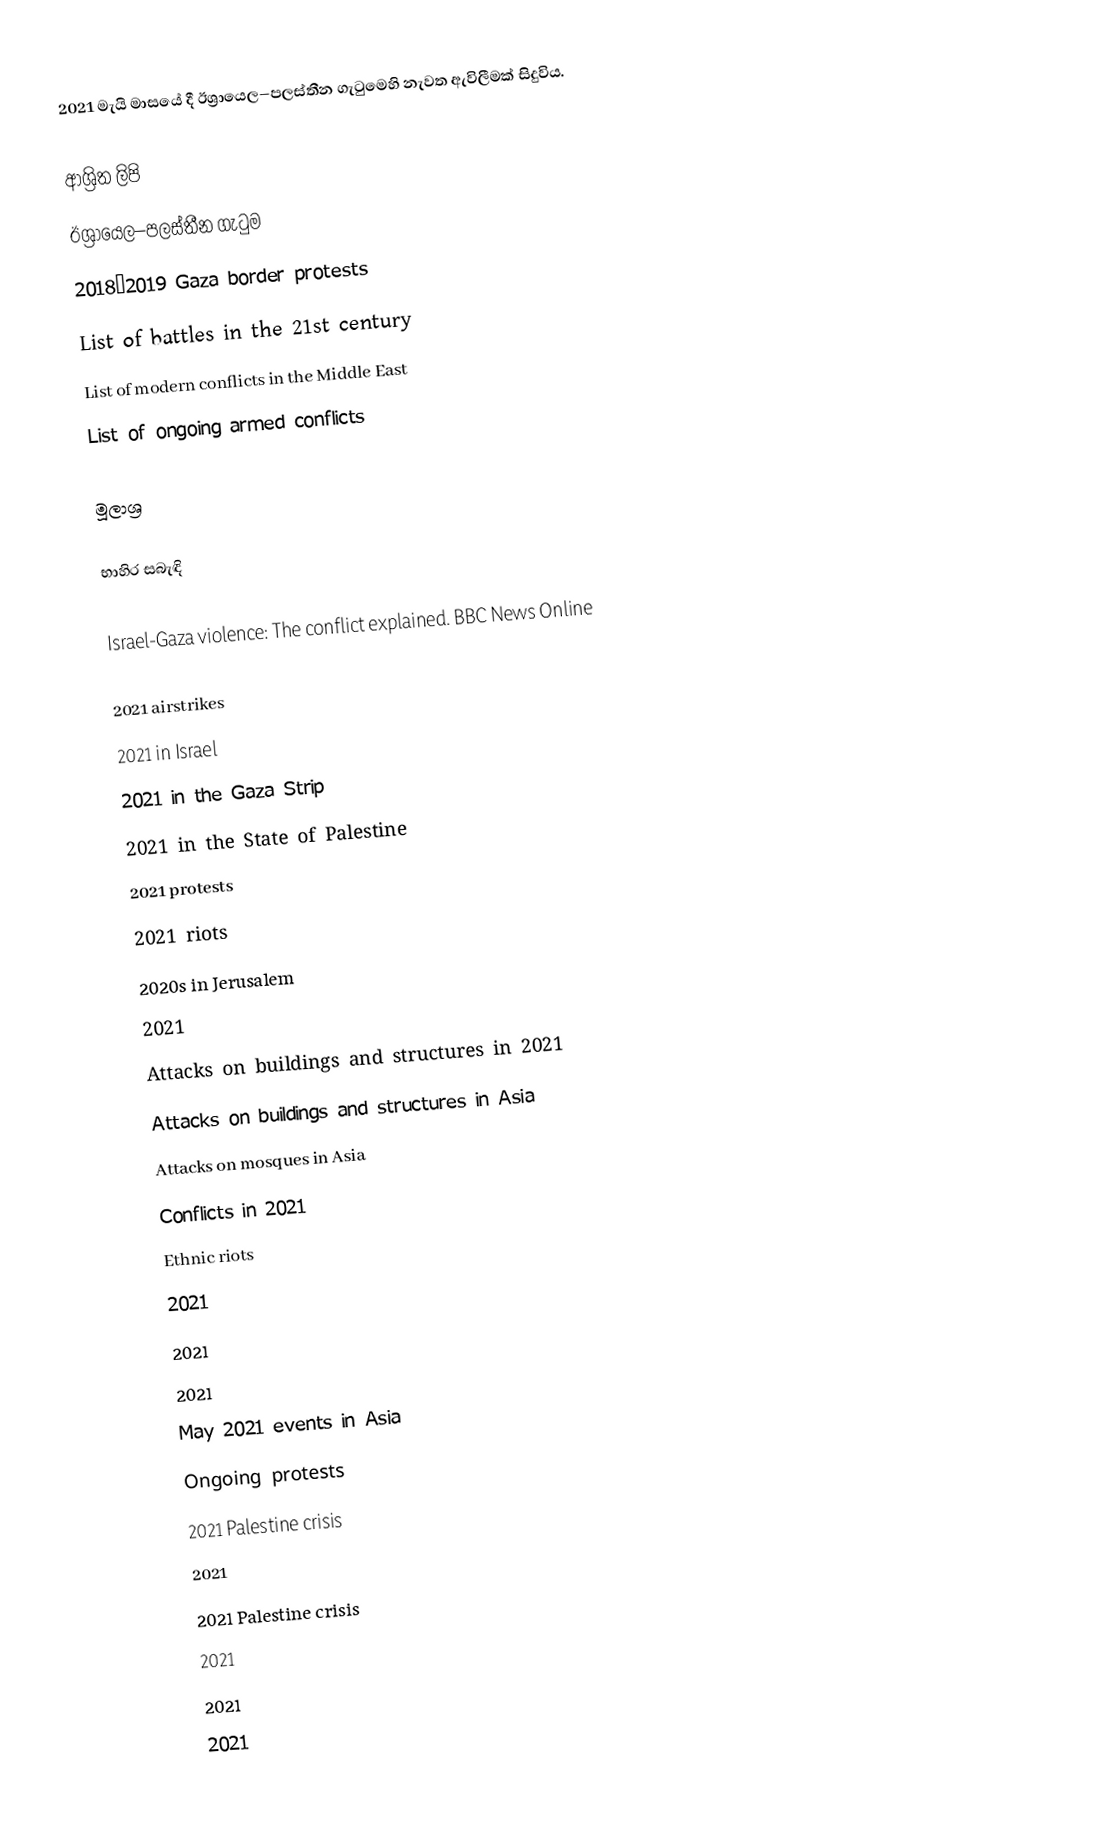
2021 මැයි මාසයේ දී ඊශ්‍රායෙල–පලස්තීන ගැටුමෙහි නැවත ඇවිලීමක් සිදුවිය.

ආශ්‍රිත ලිපි
ඊශ්‍රායෙල–පලස්තීන ගැටුම
2018–2019 Gaza border protests
List of battles in the 21st century
List of modern conflicts in the Middle East
List of ongoing armed conflicts

මූලාශ්‍ර

භාහිර සබැඳි

Israel-Gaza violence: The conflict explained. BBC News Online

2021 airstrikes
2021 in Israel
2021 in the Gaza Strip
2021 in the State of Palestine
2021 protests
2021 riots
2020s in Jerusalem
2021
Attacks on buildings and structures in 2021
Attacks on buildings and structures in Asia
Attacks on mosques in Asia
Conflicts in 2021
Ethnic riots
2021
2021
2021
May 2021 events in Asia
Ongoing protests
2021 Palestine crisis
2021
2021 Palestine crisis
2021
2021
2021